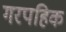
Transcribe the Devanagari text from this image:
गरपहिक